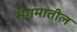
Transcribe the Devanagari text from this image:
संगमातील